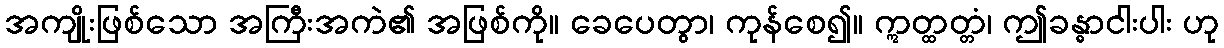
အကျိုးဖြစ်သော အကြီးအကဲ၏ အဖြစ်ကို။ ခေပေတွာ၊ ကုန်စေ၍။ ဣတ္ထတ္တံ၊ ဤခန္ဓာငါးပါး ဟု